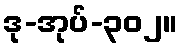
ဒု-အုပ်-၃၀၂။